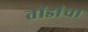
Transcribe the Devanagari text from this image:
तोंडांचा